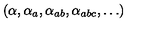
( \alpha , \alpha _ { a } , \alpha _ { a b } , \alpha _ { a b c } , \ldots )